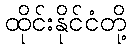
ထိုင်းနိုင်ငံတို့